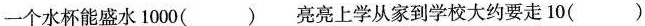
一个水杯能盛水1000() 亮亮上学从家到学校大约要走10()